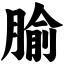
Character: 腧